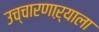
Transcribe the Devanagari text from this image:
उच्चारणाऱ्याला